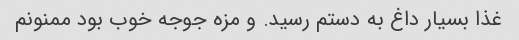
غذا بسیار داغ به دستم رسید. و مزه جوجه خوب بود ممنونم